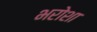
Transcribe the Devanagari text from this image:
भरोशा